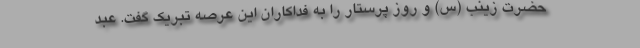
حضرت زینب (س) و روز پرستار را به فداکاران این عرصه تبریک گفت. عبد